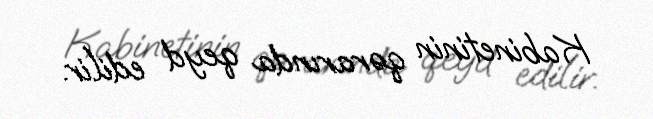
Kabinetinin qərarında qeyd edilir.